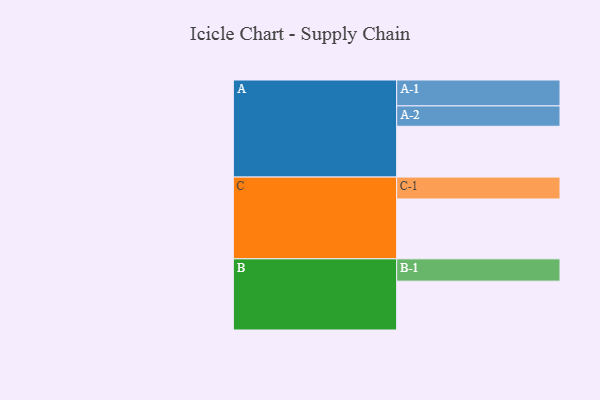
{"axis": {"x": "Segment", "y": "Value"}, "legend": ["", "A", "B", "C"], "data": [{"x": "A", "y": 494, "type": ""}, {"x": "B", "y": 475, "type": ""}, {"x": "C", "y": 582, "type": ""}, {"x": "A-1", "y": 252, "type": "A"}, {"x": "A-2", "y": 198, "type": "A"}, {"x": "B-1", "y": 217, "type": "B"}, {"x": "C-1", "y": 213, "type": "C"}]}